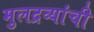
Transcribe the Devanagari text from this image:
मुलद्रव्यांची